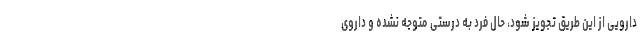
دارویی از این طریق تجویز شود، حال فرد به درستی متوجه نشده و داروی